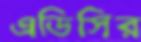
এডিসির